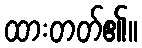
ထားတတ်၏။